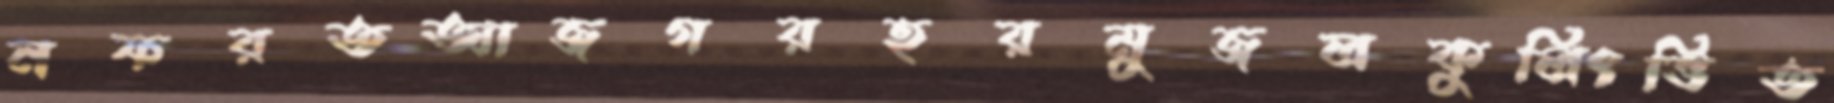
নফরতআজগরহরমুজলকুলিংভিত